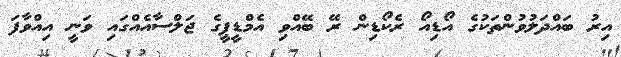
އިރު ބައްދަލުވުންތަކުގެ އޯޑިއޯ ރެކޯޑިން ރޭ ބޭއްވި އެމްޑީޕީގެ ޖަލްސާއެއްގައި ވަނީ އިއްވާފަ